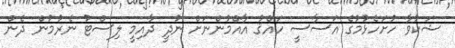
ޝަކުވާ ހުށަހެޅުމުގެ އަސާސީ ހައްޤު އާއްމުންނަށް ނުދީ ދާއިމީ ލިސްޓު ނެރުމުން ދެން